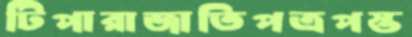
টিপারাজাতিপত্রপস্ত